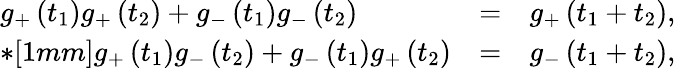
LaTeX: \begin{array}{lll}{{g_{+}\left(t_{1}\right)g_{+}\left(t_{2}\right)+g_{-}\left(t_{1}\right)g_{-}\left(t_{2}\right)}}&{{=}}&{{g_{+}\left(t_{1}+t_{2}\right),}}\\ {{*[1mm]g_{+}\left(t_{1}\right)g_{-}\left(t_{2}\right)+g_{-}\left(t_{1}\right)g_{+}\left(t_{2}\right)}}&{{=}}&{{g_{-}\left(t_{1}+t_{2}\right),}}\end{array}